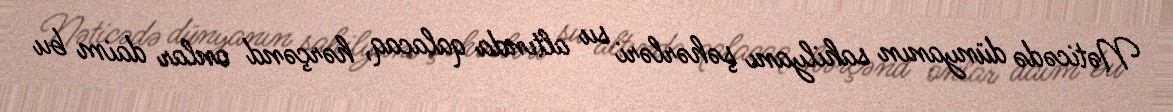
Nəticədə dünyanın sahilyanı şəhərləri su altında qalacaq, hərçənd onlar daim bu